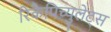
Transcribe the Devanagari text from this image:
रिकैपिच्युलेट्स